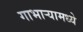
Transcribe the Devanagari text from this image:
गाभाऱ्यामध्ये